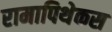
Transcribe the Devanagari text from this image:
रामापिथेकस